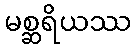
မစ္ဆရိယဿ